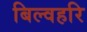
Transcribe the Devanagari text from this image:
बिल्वहरि